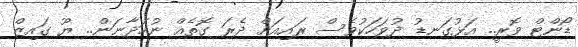
ޑޯންޓް ވޮރީ.. އަޅުގަނޑު ދުވަހަކުވެސް ރައިއަށް ދެރަ ގޮތެއް ނުހަދާނަން.. ޔޫ ގައިޒް